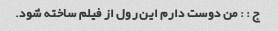
ج : : من دوست دارم این رول از فیلم ساخته شود.